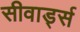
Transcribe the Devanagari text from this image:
सीवार्ड्स